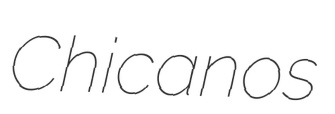
Chicanos